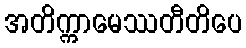
အတိက္ကာမေဿတီတိပေ